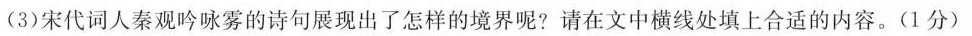
(3)宋代词人秦观吟咏雾的诗句展现出了怎样的境界呢?请在文中横线处填上合适的内容。(1分)